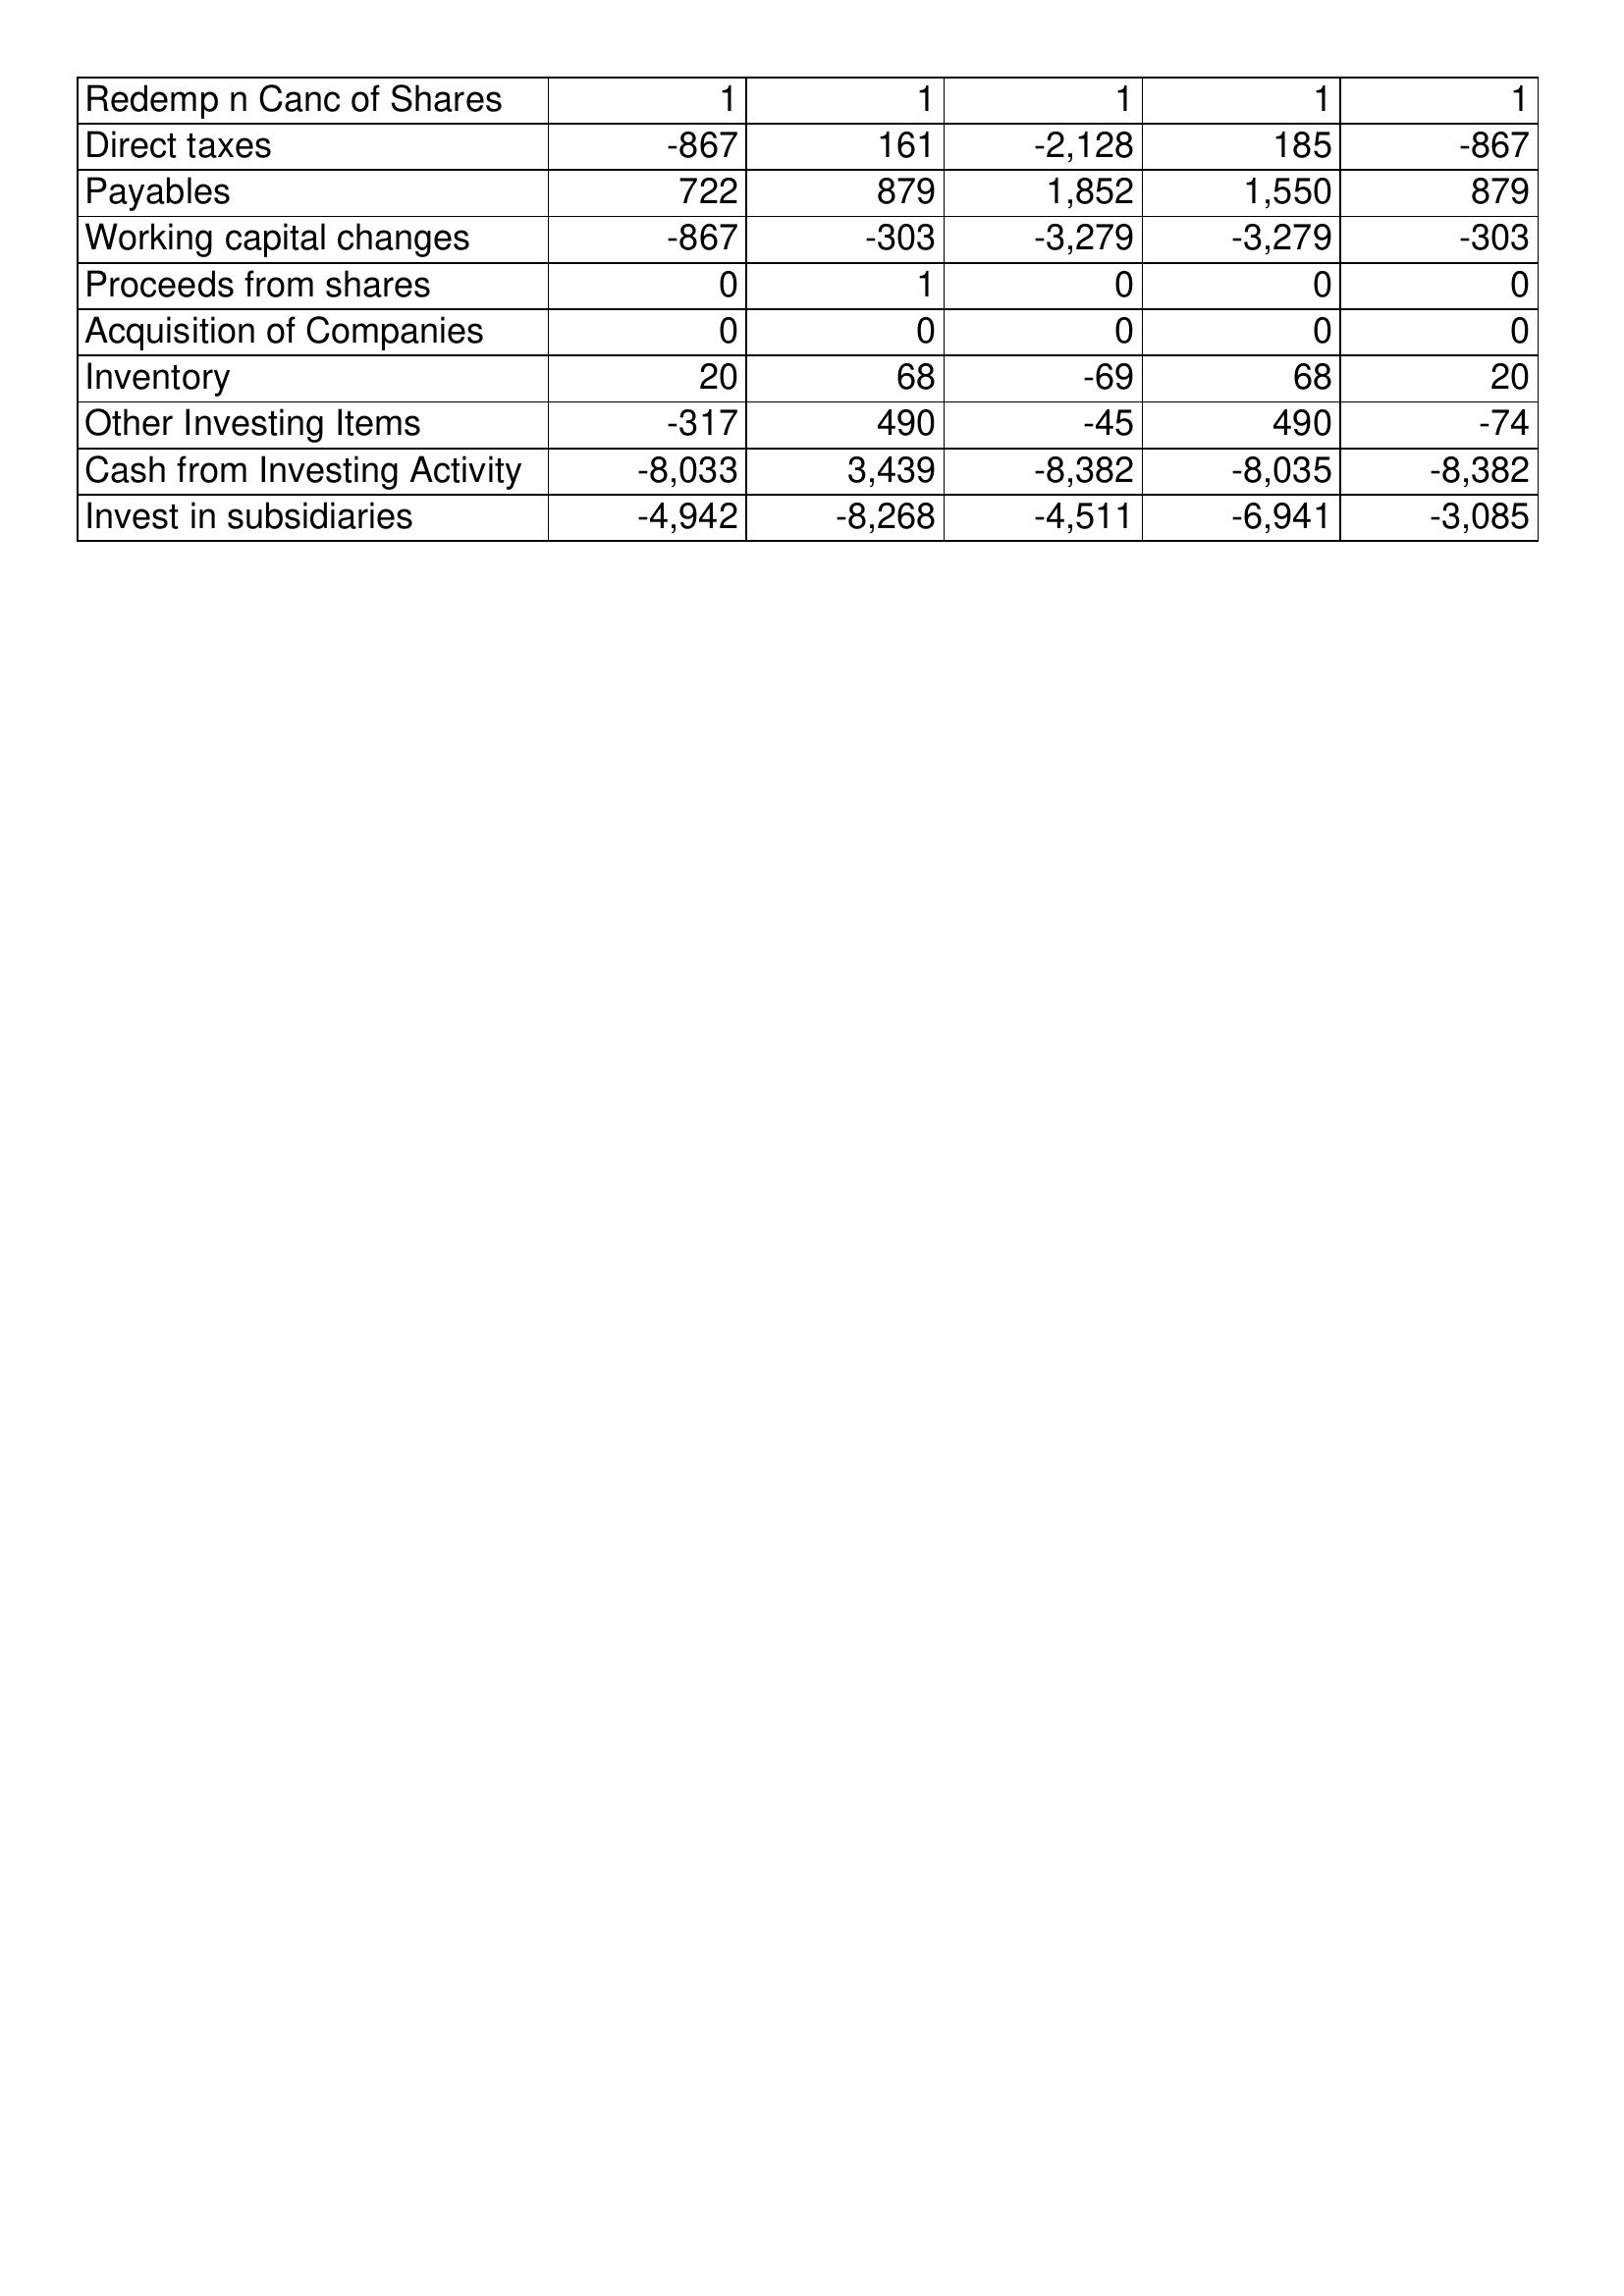
Oct-09: Cash Flows: Redemp n Canc of Shares: 1
Direct taxes: -867
Payables: 722
Working capital changes: -867
Proceeds from shares: 0
Acquisition of Companies: 0
Inventory: 20
Other Investing Items: -317
Cash from Investing Activity: -8,033
Invest in subsidiaries: -4,942
Oct-10: Cash Flows: Redemp n Canc of Shares: 1
Direct taxes: 161
Payables: 879
Working capital changes: -303
Proceeds from shares: 1
Acquisition of Companies: 0
Inventory: 68
Other Investing Items: 490
Cash from Investing Activity: 3,439
Invest in subsidiaries: -8,268
Oct-11: Cash Flows: Redemp n Canc of Shares: 1
Direct taxes: -2,128
Payables: 1,852
Working capital changes: -3,279
Proceeds from shares: 0
Acquisition of Companies: 0
Inventory: -69
Other Investing Items: -45
Cash from Investing Activity: -8,382
Invest in subsidiaries: -4,511
Oct-12: Cash Flows: Redemp n Canc of Shares: 1
Direct taxes: 185
Payables: 1,550
Working capital changes: -3,279
Proceeds from shares: 0
Acquisition of Companies: 0
Inventory: 68
Other Investing Items: 490
Cash from Investing Activity: -8,035
Invest in subsidiaries: -6,941
Oct-13: Cash Flows: Redemp n Canc of Shares: 1
Direct taxes: -867
Payables: 879
Working capital changes: -303
Proceeds from shares: 0
Acquisition of Companies: 0
Inventory: 20
Other Investing Items: -74
Cash from Investing Activity: -8,382
Invest in subsidiaries: -3,085